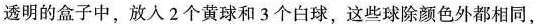
透明的盒子中，放入2个黄球和3个白球，这些球除颜色外都相同，